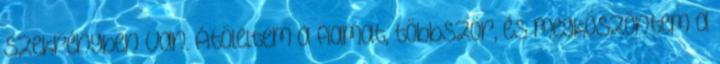
szekrényben van. Átöleltem a fiamat, többször, és megköszöntem a